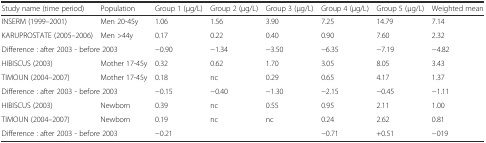
<table><thead><tr><td><b>Study name (time period)</b></td><td><b>Population</b></td><td><b>Group 1 (μg/L)</b></td><td><b>Group 2 (μg/L)</b></td><td><b>Group 3 (μg/L)</b></td><td><b>Group 4 (μg/L)</b></td><td><b>Group 5 (μg/L)</b></td><td><b>Weighted mean</b></td></tr></thead><tbody><tr><td>INSERM (1999–2001)</td><td>Men 20-45y</td><td>1.06</td><td>1.56</td><td>3.90</td><td>7.25</td><td>14.79</td><td>7.14</td></tr><tr><td>KARUPROSTATE (2005–2006)</td><td>Men &gt;44y</td><td>0.17</td><td>0.22</td><td>0.40</td><td>0.90</td><td>7.60</td><td>2.32</td></tr><tr><td colspan="2">Difference : after 2003 - before 2003</td><td>−0.90</td><td>−1.34</td><td>−3.50</td><td>−6.35</td><td>−7.19</td><td>−4.82</td></tr><tr><td>HIBISCUS (2003)</td><td>Mother 17-45y</td><td>0.32</td><td>0.62</td><td>1.70</td><td>3.05</td><td>8.05</td><td>3.43</td></tr><tr><td>TIMOUN (2004–2007)</td><td>Mother 17-45y</td><td>0.18</td><td>nc</td><td>0.29</td><td>0.65</td><td>4.17</td><td>1.37</td></tr><tr><td colspan="2">Difference : after 2003 - before 2003</td><td>−0.15</td><td>−0.40</td><td>−1.30</td><td>−2.15</td><td>−0.45</td><td>−1.11</td></tr><tr><td>HIBISCUS (2003)</td><td>Newborn</td><td>0.39</td><td>nc</td><td>0.55</td><td>0.95</td><td>2.11</td><td>1.00</td></tr><tr><td>TIMOUN (2004–2007)</td><td>Newborn</td><td>0.19</td><td>nc</td><td>nc</td><td>0.24</td><td>2.62</td><td>0.81</td></tr><tr><td colspan="2">Difference : after 2003 - before 2003</td><td>−0.21</td><td></td><td></td><td>−0.71</td><td>+0.51</td><td>−019</td></tr></tbody></table>